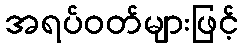
အရပ်ဝတ်များဖြင့်